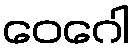
ဝေဂေါ